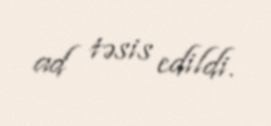
ad təsis edildi.